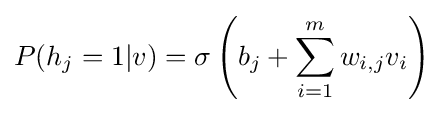
P(h_{j}=1|v)=\sigma \left(b_{j}+\sum _{i=1}^{m}w_{i,j}v_{i}\right)